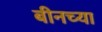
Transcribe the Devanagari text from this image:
बीनच्या